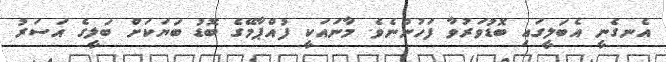
އެނގެނީ އެބަލީގައި ބޮޑުވަރުވާ ފަހުންނެވެ. މާނައަކީ ފުއްޕާމޭގެ ބޮޑު ބަޔަކަށް ބަލީގެ އަސަރު